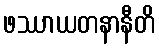
ဖဿာယတနာနီတိ